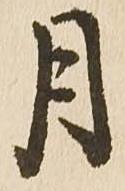
月